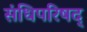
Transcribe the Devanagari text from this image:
संधिपरिषद्